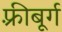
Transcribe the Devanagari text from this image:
फ़्रीबूर्ग